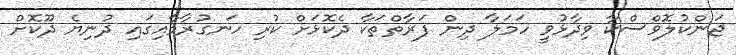
ޖަންކުލޮވްސްކާ ވިދާޅުވީ ހަމަލާ ދިން ފަރާތްތަކާ ދެކޮޅަށް ކުރި ހަނގުރާމާއިގައި ދުނިޔެ ދޫކޮށް